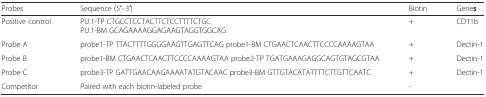
| Probes | Sequence (5′–3′) | Biotin | Genes |
 | --- | --- | --- | --- |
 | Positive control | PU.1-TP CTGCCTCCTACTTCTCCTTTTCTGCPU.1-BM GCAGAAAAGGAGAAGTAGGTGGCAG | + | CD11b |
 | Probe A | probe1-TP TTACTTTTGGGGAAGTTGAGTTCAG probe1-BM CTGAACTCAACTTCCCCAAAAGTAA | + | Dectin-1 |
 | Probe B | probe1-BM CTGAACTCAACTTCCCCAAAAGTAA probe2-TP TGATGAAAGAGGCAGTGTAGCGTAA | + | Dectin-1 |
 | Probe C | probe3-TP GATTGAACAAGAAAATATGTACAAC probe3-BM GTTGTACATATTTTCTTGTTCAATC | + | Dectin-1 |
 | Competitor | Paired with each biotin-labeled probe | - |  |